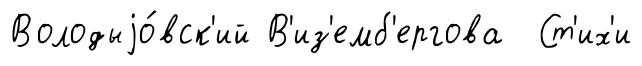
Володыjо́вск'ий В'из'емб'ергова Ст'их'и